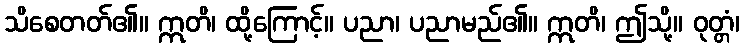
သိစေတတ်၏။ ဣတိ၊ ထို့ကြောင့်။ ပညာ၊ ပညာမည်၏။ ဣတိ၊ ဤသို့။ ဝုတ္တံ၊